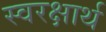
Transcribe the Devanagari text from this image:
स्वरक्षार्थ